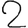
Digit: 2